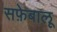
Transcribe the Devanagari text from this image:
सफ़ेबालू